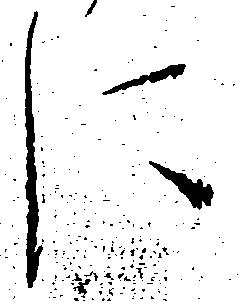
に